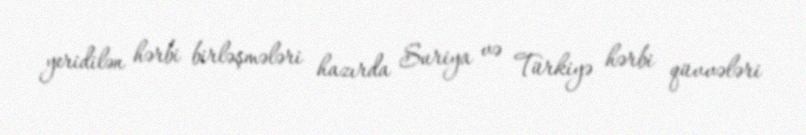
yeridilən hərbi birləşmələri hazırda Suriya və Türkiyə hərbi qüvvələri